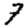
Digit: 7